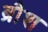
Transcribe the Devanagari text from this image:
ब्रौश